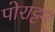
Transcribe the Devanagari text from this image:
पोराट्टम्